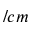
/ c m